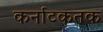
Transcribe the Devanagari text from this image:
कर्नाटकतक